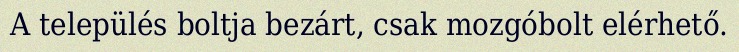
A település boltja bezárt, csak mozgóbolt elérhető.